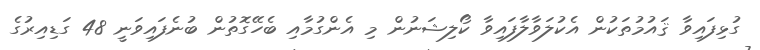
ގުޅިފައިވާ ޤައުމުތަކުން އެކުލަވާލާފައިވާ ކޯލިޝަނުން މި އެންގުމާއި ބެހޭގޮތުން ބުނެފައިވަނީ 48 ގަޑިއިރުގެ